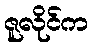
ဇူလိုင်က